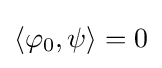
\langle \varphi _{0},\psi \rangle =0